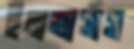
ইনভার্সাস